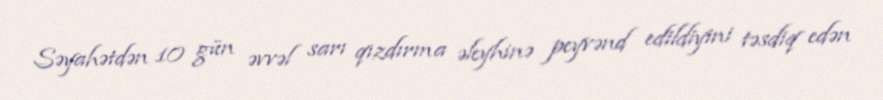
Səyahətdən 10 gün əvvəl sarı qızdırma əleyhinə peyvənd edildiyini təsdiq edən